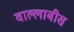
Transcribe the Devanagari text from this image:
वाल्लाबीस